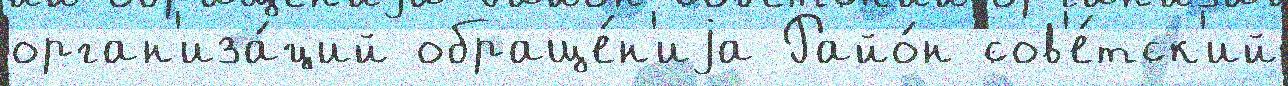
орган'иза́ций обраще́н'иjа Райо́н сов'е́тск'ий